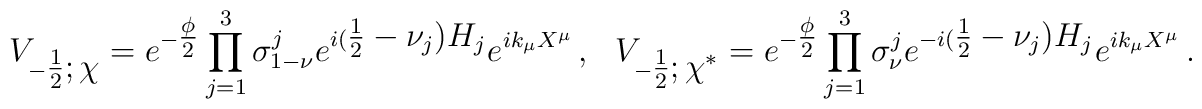
V_{-\textstyle{1\over 2}; \chi}= e^{-\textstyle{\phi\over 2}} \prod_{j=1}^3 \sigma_{1-\nu}^je^{i(\textstyle{1\over 2} -\nu_j)H_j} e^{ik_\mu X^\mu}\, ,  \ \ \  V_{-\textstyle{1\over 2};\chi^*}= e^{-\textstyle{\phi\over 2}} \prod_{j=1}^3   \sigma_\nu^j e^{-i(\textstyle{1\over 2}-\nu_j)H_j} e^{ik_\mu   X^\mu}\, .